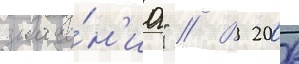
значе́н'иа" // В 2006